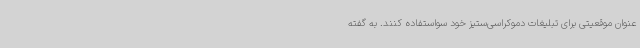
عنوان موقعیتی برای تبلیغات دموکراسی‌ستیز خود سواستفاده کنند. به گفته